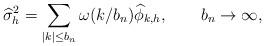
LaTeX: \begin{align*} \widehat{\sigma}_{h}^2 = \sum_{| k| \leq b_n} \omega(k/b_n) \widehat {\phi}_{k,h}, \qquad\mbox{$b_n \to\infty$,}\end{align*}